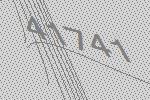
41741